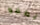
تطفو